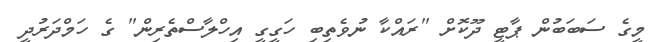
މީގެ ސަބަބުން ޕާޓީ ދޫކޮށް "ރައްކާ ނުވެތިބި ހަގީގީ އިހްލާސްތެރިން" ގެ ހަމްދަރުދީ